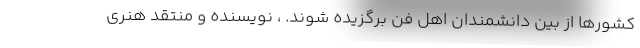
کشورها از بین دانشمندان اهل فن برگزیده شوند. ، نویسنده و منتقد هنری